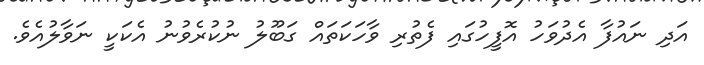
އަދި ނައުފާ އެދުވަހު އޮފީހުގައި ފެތުރި ވާހަކަތައް ގަބޫލު ނުކުރެވުނު އެކަކީ ނަވާލުއެވެ.